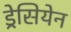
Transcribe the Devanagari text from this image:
ड्रेसियेन